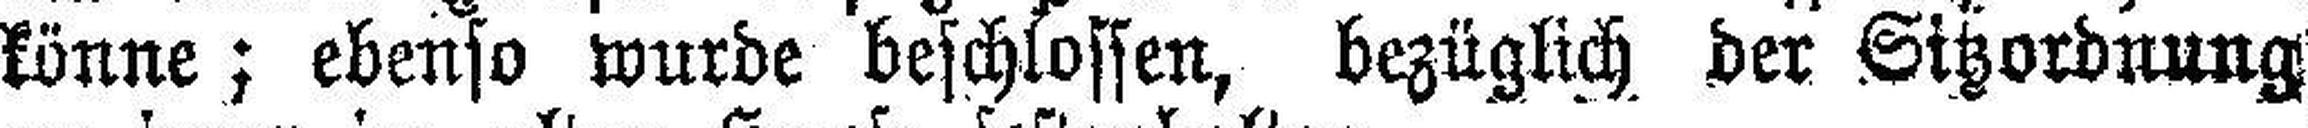
könne; ebenso wurde beschlossen, bezüglich der Sitzordnung